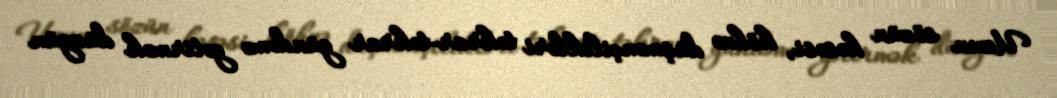
Uzun sözün kəsəsi, köhnə düşmənçilikləri təkrar-təkrar gündəmə gətirmək düzgün